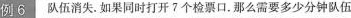
例6 队伍消失.如果同时打开7个检票口.那么需要多少分钟队伍